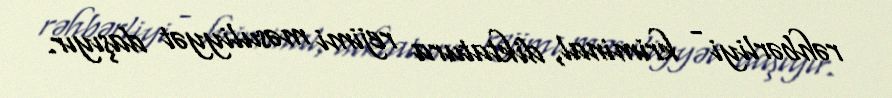
rəhbərliyi - kriminal, diktatura rejimi məsuliyyət daşıyır.